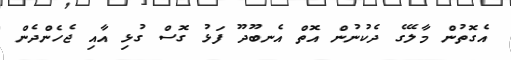
އެގޮތުން މާލޭގެ ދެކުނުން އޮތް އެނބޫދޫ ފަޅު ގޮސް ގުޅި އާއި ޖެހެންދެން